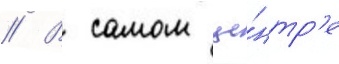
// В самом це́нтр'е